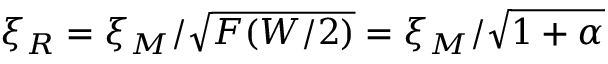
\xi _ { R } = \xi _ { M } / \sqrt { F ( W / 2 ) } = \xi _ { M } / \sqrt { 1 + \alpha }